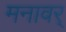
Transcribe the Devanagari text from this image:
मनावर्